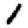
Digit: 1